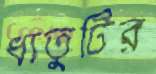
ধাতুটির